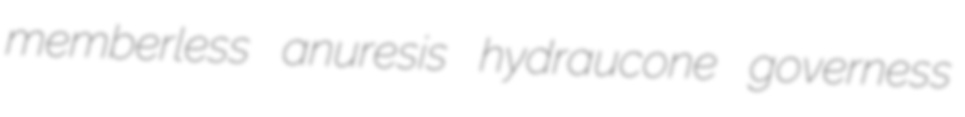
memberless anuresis hydraucone governess